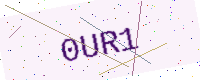
Text: 0UR1